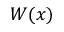
W ( x )